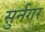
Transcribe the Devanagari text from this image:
सुर्नगर